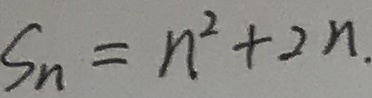
S _ { n } = n ^ { 2 } + 2 n .